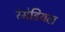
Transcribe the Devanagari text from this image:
रेमेडियल